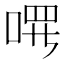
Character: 𪡔